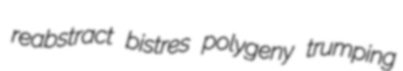
reabstract bistres polygeny trumping